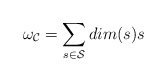
\begin{align*}\omega_{\cal C} = \sum_{s \in \cal S} dim(s) s\end{align*}